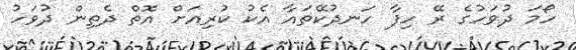
ހޯމަ ދުވަހުގެ ރޭ ހިފާ ހަނދުކޭތައާ އެކު ކުރިއަށް އޮތް ދެތިން ދުވަހު